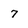
Character: 7